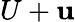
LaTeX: U+\mathbf{u}